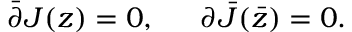
\bar { \partial } { J ( z ) } = 0 , \, \, \, \, \, \, \, \, \, { \partial } { \bar { J } ( \bar { z } ) } = 0 .